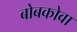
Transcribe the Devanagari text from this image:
बोबकोवा